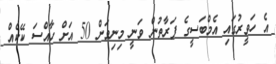
އެ ހަވީރުގައި އެމްބަސީގެ ފަރާތުން ވަނީ މިނިވަން 50 އަށް ހާއްސަ ކޭކެއް